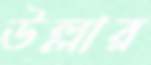
উল্লার